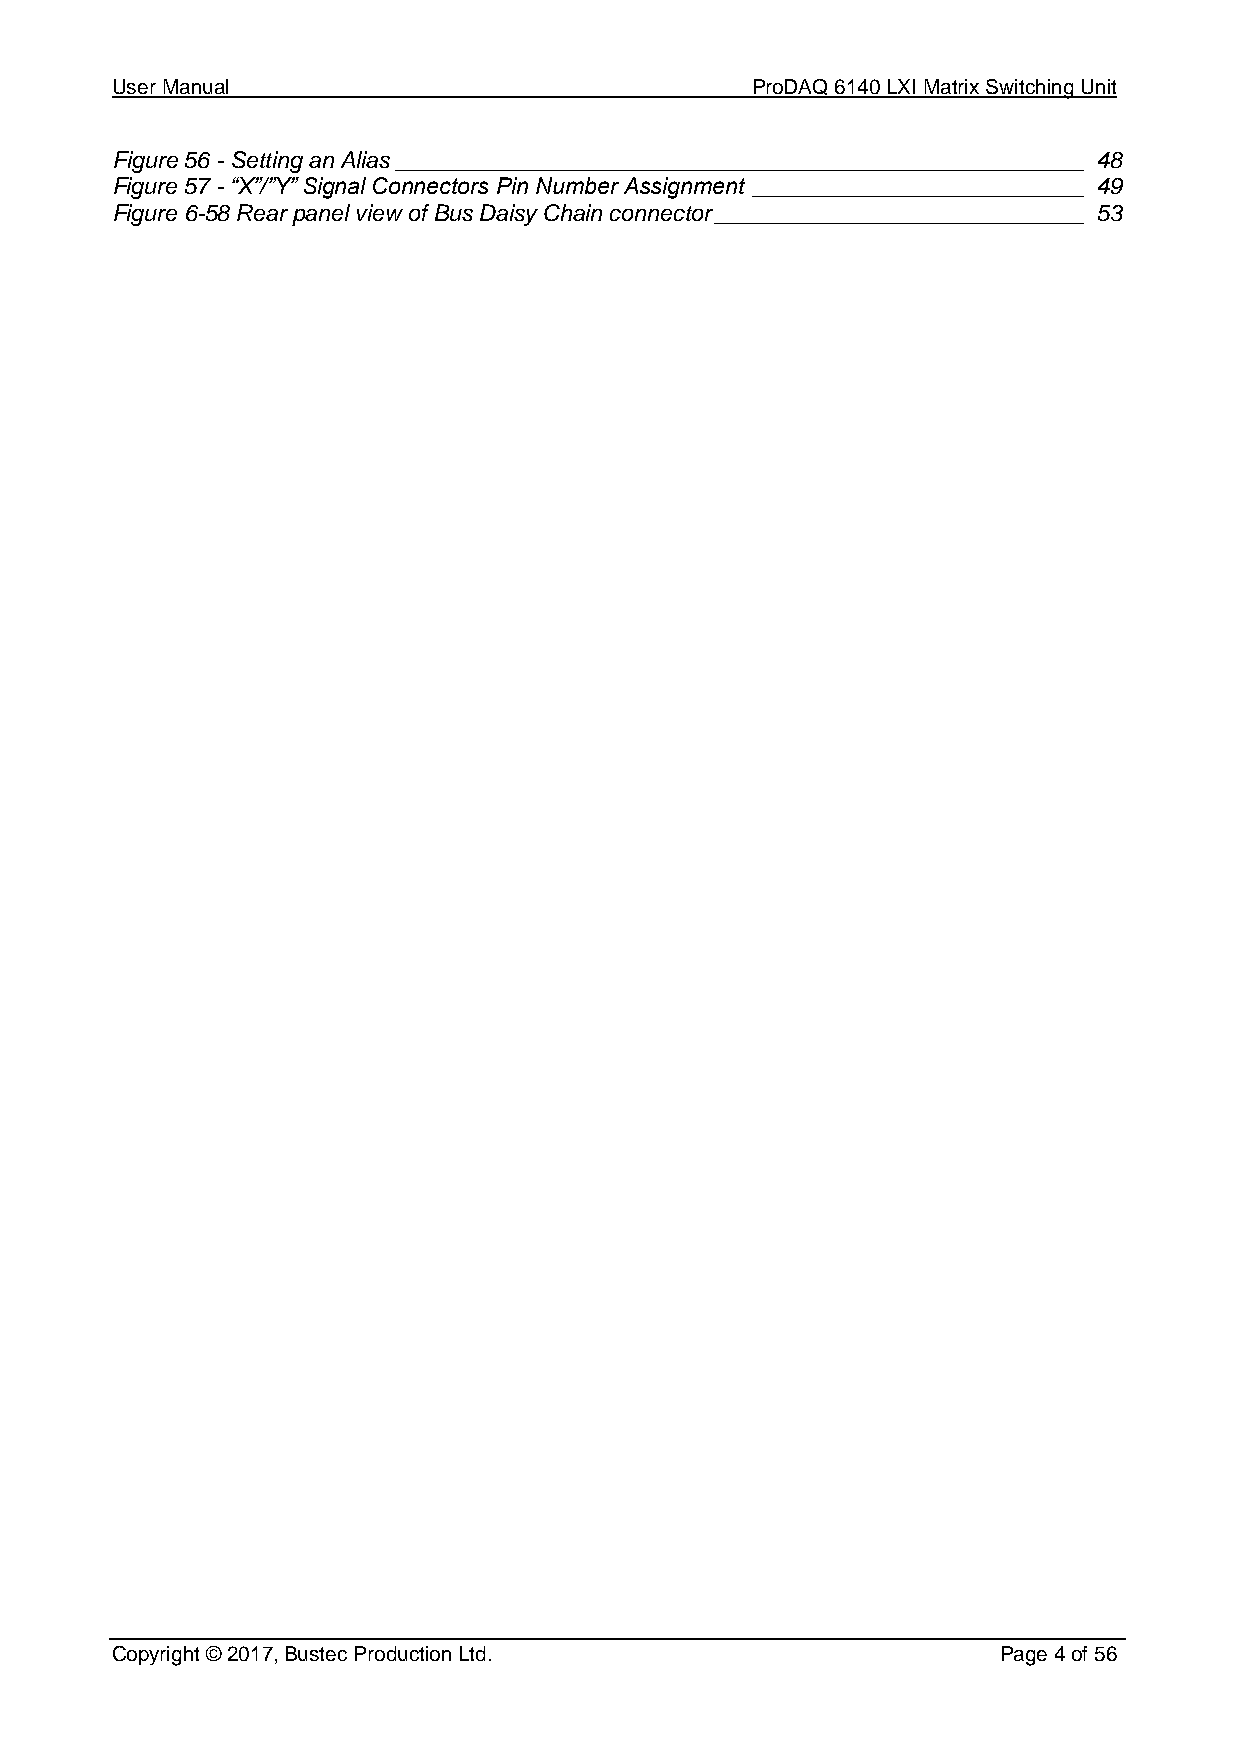
User Manual                                ProDAQ 6140 LXI Matrix Switching Unit
 Figure 56 - Setting an Alias ______________________________________________________ 48
 Figure 57 - “X”/”Y” Signal Connectors Pin Number Assignment __________________________ 49
 Figure 6-58 Rear panel view of Bus Daisy Chain connector _____________________________ 53
 Copyright © 2017, Bustec Production Ltd.                   Page 4 of 56